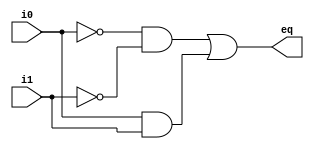
// Listing 1.2
module eq1_implicit
   (
    input i0, i1,  // no data type declaration
    output eq
   );

// no internal signal declaration

// product terms must be placed in front
assign p0 = ~i0 & ~i1;   //implicit declaration
assign p1 = i0 & i1;     //implicit declaration
// sum of two product terms
assign eq = p0 | p1;

endmodule